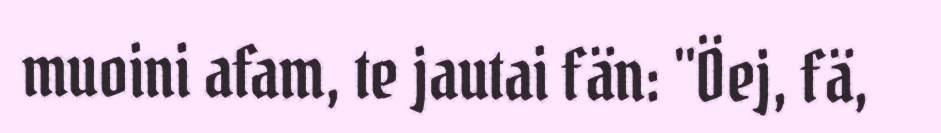
muoini afam, te jautai fän: "Öej, fä,